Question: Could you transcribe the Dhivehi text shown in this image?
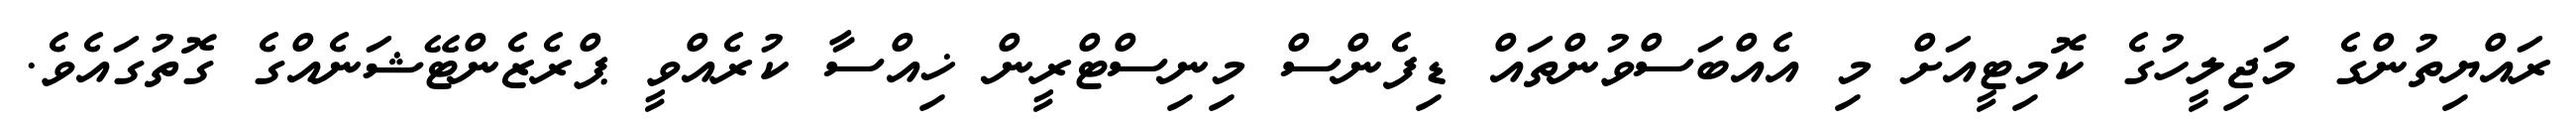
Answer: ރައްޔިތުންގެ މަޖިލީހުގެ ކޮމިޓީއަށް މި އެއްބަސްވުންތައް ޑިފެންސް މިނިސްޓްރީން ޚިއްސާ ކުރެއްވީ ޕްރެޒެންޓޭޝަނެއްގެ ގޮތުގައެވެ.